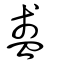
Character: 盞